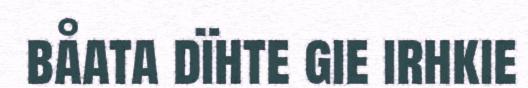
båata dïhte gie irhkie